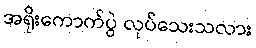
အရိုးကောက်ပွဲ လုပ်သေးသလား